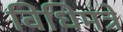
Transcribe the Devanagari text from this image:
विधिमंत्रे